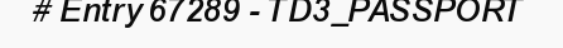
# Entry 67289 - TD3_PASSPORT